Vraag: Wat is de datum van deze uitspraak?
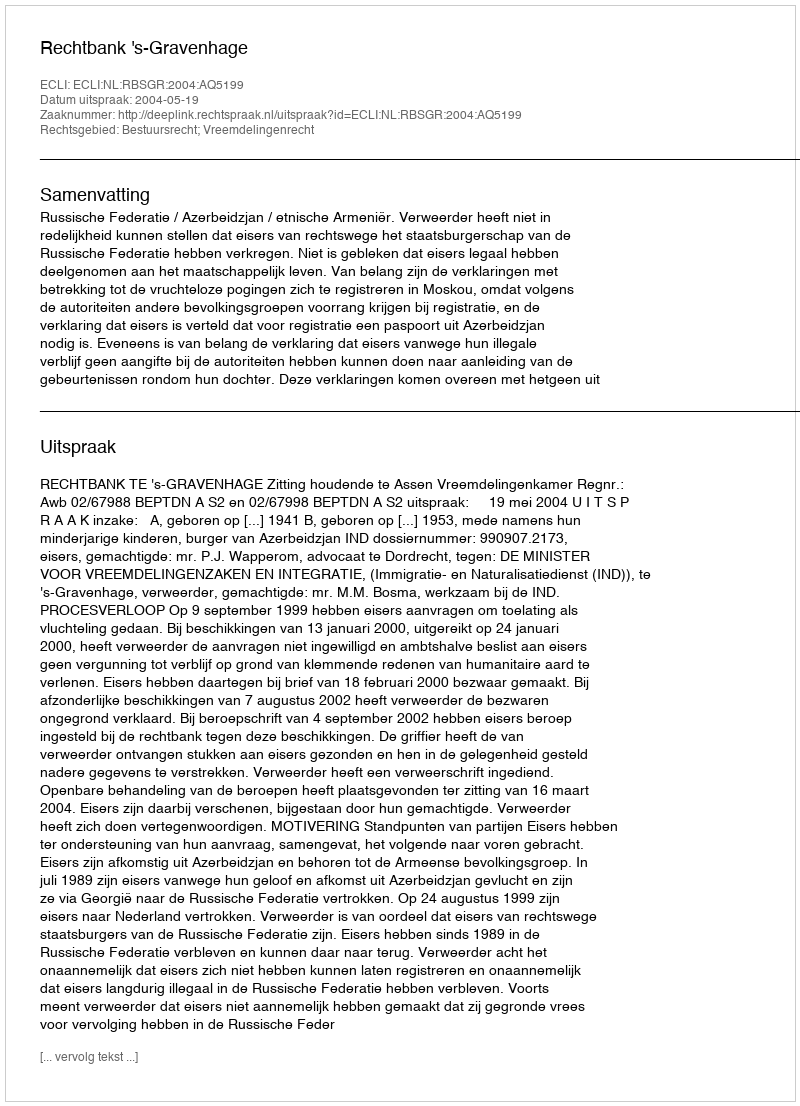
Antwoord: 2004-05-19